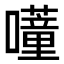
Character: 𭌕